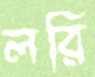
লরি